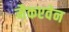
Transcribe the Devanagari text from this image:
मैकएवेन